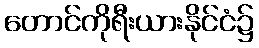
တောင်ကိုရီးယားနိုင်ငံ၌